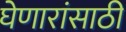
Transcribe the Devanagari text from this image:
घेणारांसाठी